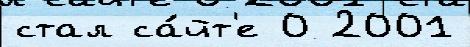
стал са́йт'е 0 2001